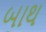
બાથ